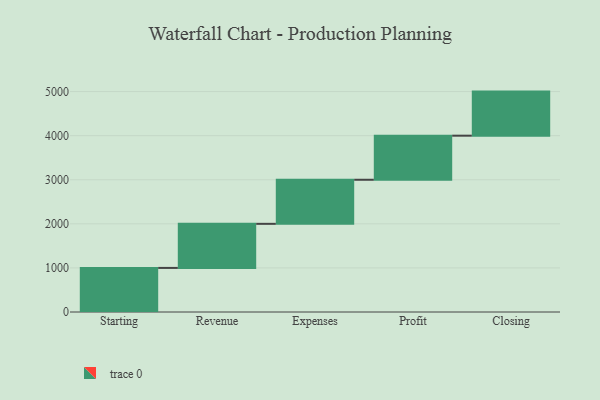
{"axis": {"x": "Step", "y": "Value"}, "legend": [""], "data": [{"x": "Starting", "y": 1000, "type": ""}, {"x": "Revenue", "y": 1000, "type": ""}, {"x": "Expenses", "y": 1000, "type": ""}, {"x": "Profit", "y": 1000, "type": ""}, {"x": "Closing", "y": 1000, "type": ""}]}